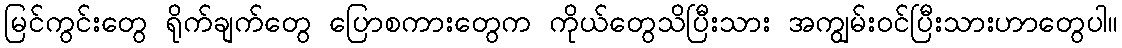
မြင်ကွင်းတွေ ရိုက်ချက်တွေ ပြောစကားတွေက ကိုယ်တွေသိပြီးသား အကျွမ်းဝင်ပြီးသားဟာတွေပါ။